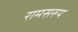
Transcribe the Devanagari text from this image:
रामसरुप